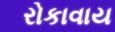
રોકાવાય